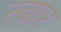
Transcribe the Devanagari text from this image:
स्‍वार